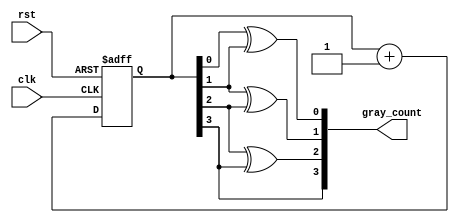
module gray_counter (
    input wire clk,
    input wire rst,
    output reg [3:0] gray_count
);

reg [3:0] current_count;

always @(posedge clk or posedge rst)
begin
    if (rst) begin
        current_count <= 4'b0000;
    end else begin
        current_count <= current_count + 1;
    end
end

assign gray_count[0] = current_count[0] ^ current_count[1];
assign gray_count[1] = current_count[1] ^ current_count[2];
assign gray_count[2] = current_count[2] ^ current_count[3];
assign gray_count[3] = current_count[3];

endmodule